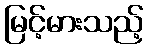
မြင့်မားသည့်